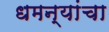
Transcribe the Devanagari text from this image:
धमन्यांचा